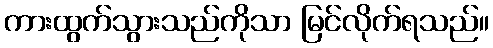
ကားထွက်သွားသည်ကိုသာ မြင်လိုက်ရသည်။